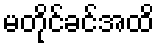
မတိုင်ခင်အထိ